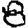
Digit: 8